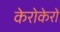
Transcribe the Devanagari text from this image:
केरोकेरो